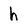
Character: h